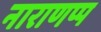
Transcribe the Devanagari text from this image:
नाराणप्प